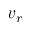
v _ { r }